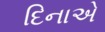
દિનાએ